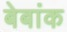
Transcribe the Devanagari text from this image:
बेबांक